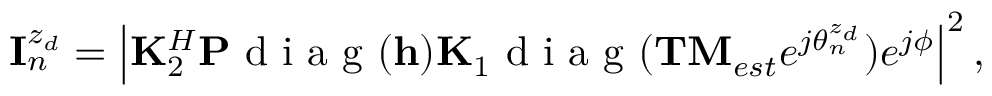
\begin{array} { r } { { \bf { I } } _ { n } ^ { z _ { d } } = \left| { \bf K } _ { 2 } ^ { H } { \bf P } \mathrm { ~ d ~ i ~ a ~ g ~ } ( { \bf h } ) { \bf K } _ { 1 } \mathrm { ~ d ~ i ~ a ~ g ~ } ( { \bf { T M } } _ { e s t } e ^ { j { \theta } _ { n } ^ { z _ { d } } } ) e ^ { j \phi } \right| ^ { 2 } , } \end{array}